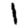
Digit: 1